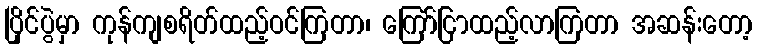
ပြိုင်ပွဲမှာ ကုန်ကျစရိတ်ထည့်ဝင်ကြတာ၊ ကြော်ငြာထည့်လာကြတာ အဆန်းတော့